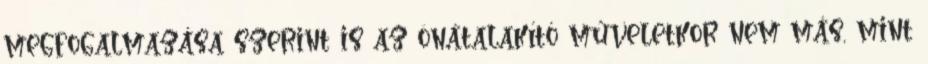
megfogalmazása szerint is az önátalakító műveletkor nem más, mint